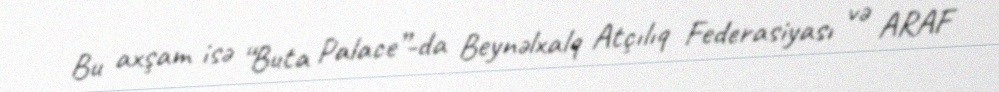
Bu axşam isə “Buta Palace”-da Beynəlxalq Atçılıq Federasiyası və ARAF